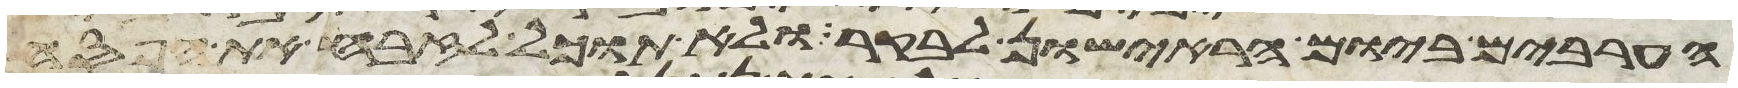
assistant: הערבים ביום הראישון לבקר ולא תוכל לזבח את הפסח